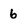
Character: 6